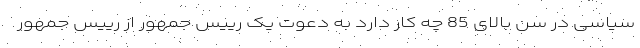
سیاسی در سن بالای 85 چه کار دارد به دعوت یک رییس جمهور از رییس جمهور